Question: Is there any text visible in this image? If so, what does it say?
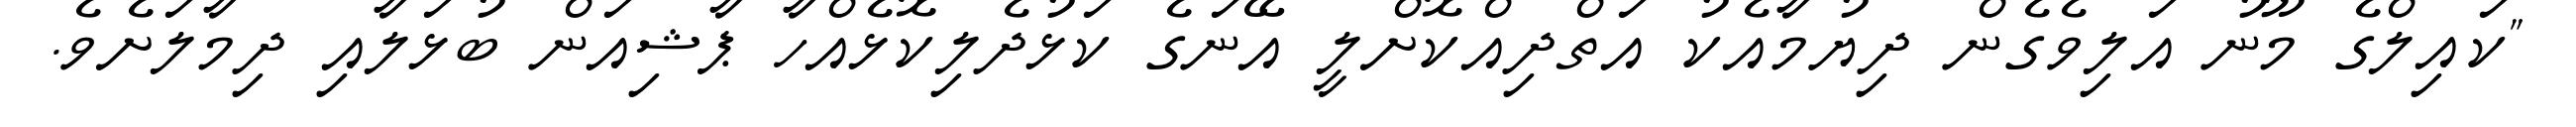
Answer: "ކައިލްގެ މޫނު އަލިވެގެން ދިޔުމާއެކު އަތްދިއްކޮށްލީ އޭނަގެ ކަޅުދެލިކޮޅެއްހާ ޕާޝިއަން ބުޅަލާއި ދިމާލަށެވެ.